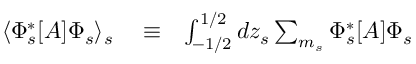
\begin{array} { r l r } { \langle \Phi _ { s } ^ { * } [ A ] \Phi _ { s } \rangle _ { s } } & { { } \equiv } & { \int _ { - 1 / 2 } ^ { 1 / 2 } d z _ { s } \sum _ { m _ { s } } \Phi _ { s } ^ { * } [ A ] \Phi _ { s } } \end{array}